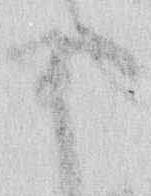
ま